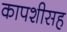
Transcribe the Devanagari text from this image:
कापशीसह